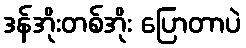
ဒန်အိုးတစ်အိုး ပြောတာပဲ